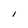
Character: I